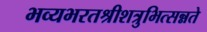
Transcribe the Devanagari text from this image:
भव्यभरतश्रीशत्रुभित्सन्नते